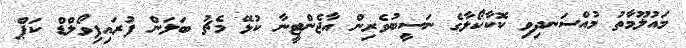
މައުލޫމާތު މުއްސަނދިވި ކޮކާކޯލާގެ ނަސީބުވެރިން އާޖެންޓީނާ ކުޅޭ މެޗު ބަލަން ފުރައިފިވޯލްޑް ކަޕް